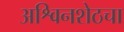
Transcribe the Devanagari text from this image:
अश्विनशेठचा